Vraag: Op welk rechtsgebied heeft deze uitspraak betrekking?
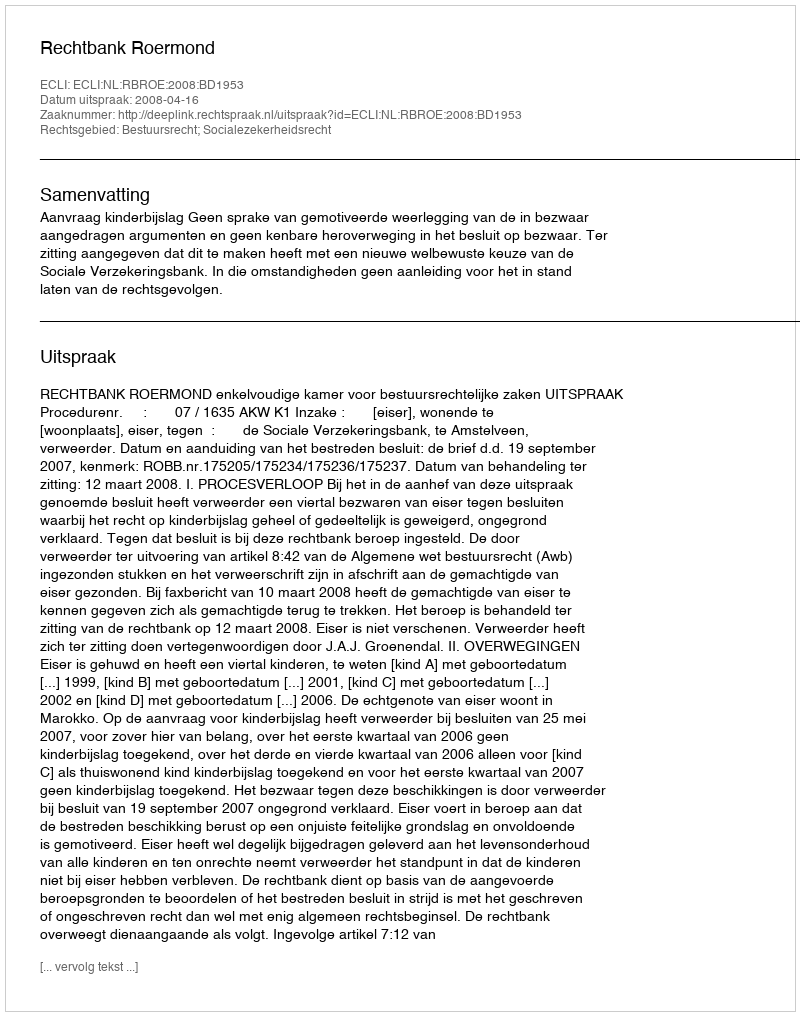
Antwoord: Bestuursrecht; Socialezekerheidsrecht